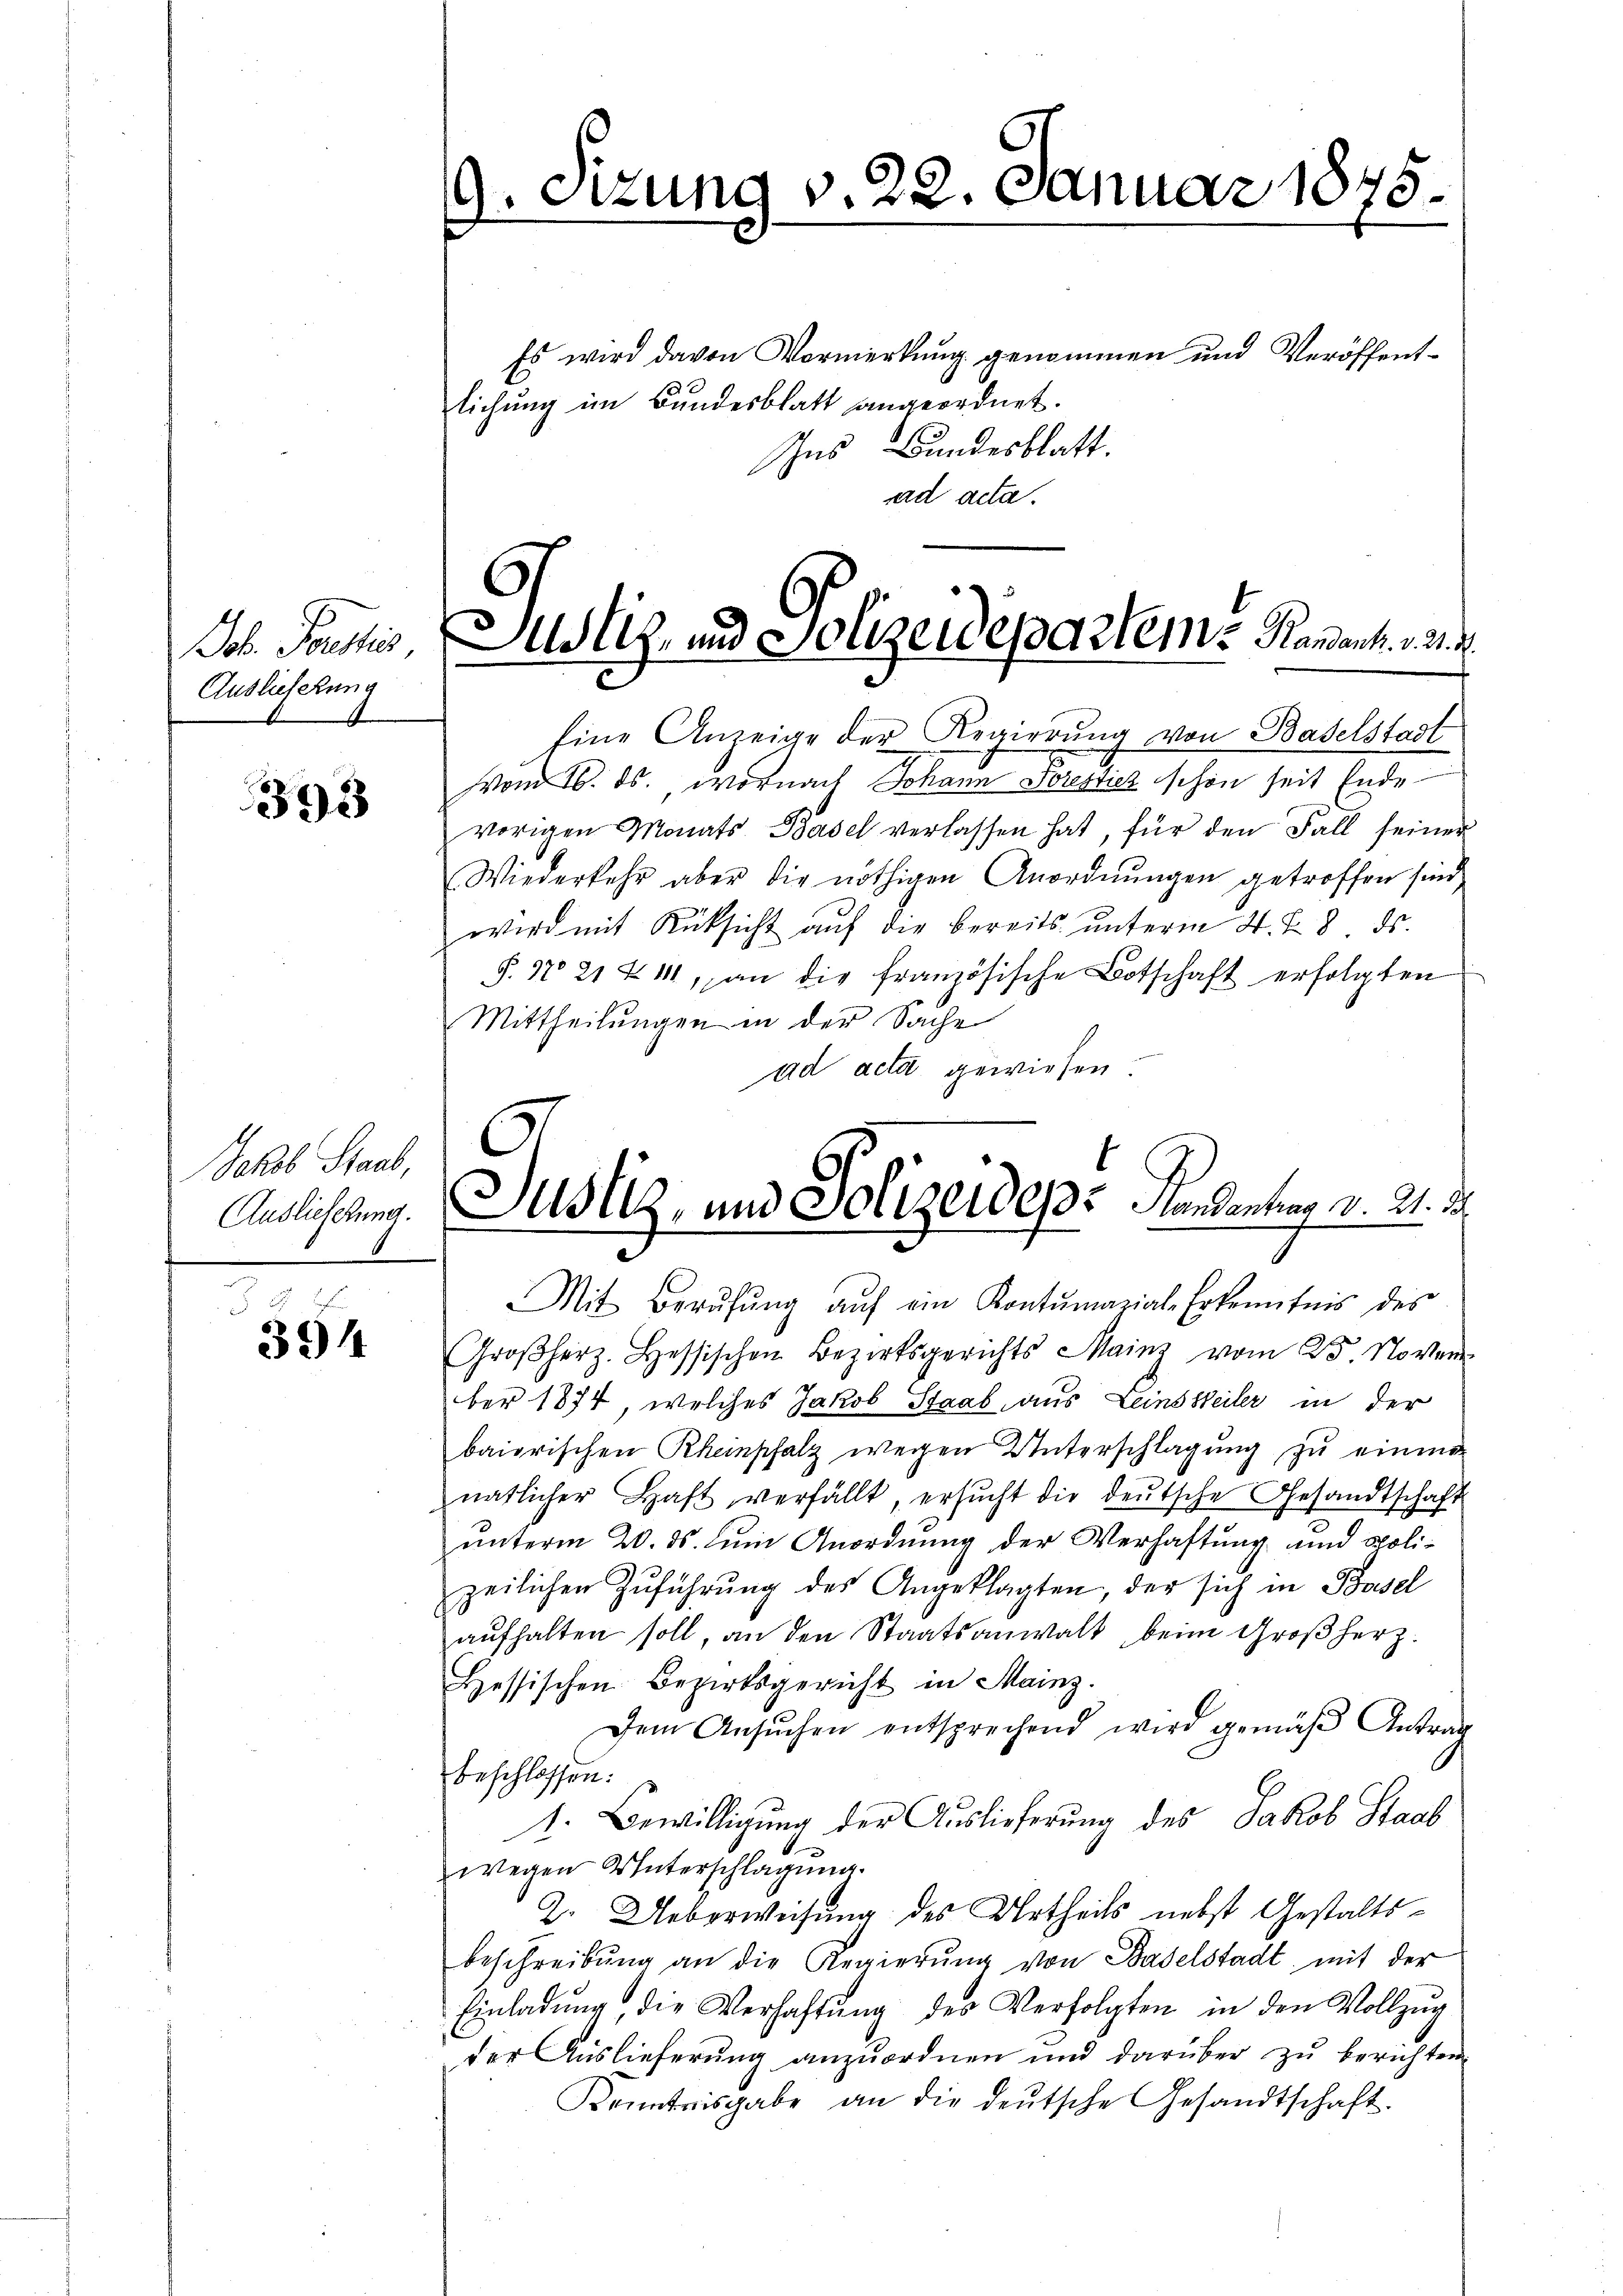
ob. Prastis
Auslieferung

393

Es wird davon Vormerkung genommen und Veröffentlichung im Bundesblatt angeordnet.
Ins Bundesblatt.
ad acta.

Jakob Staub,
Auslieferung.

x
394

Eine Anzeige der Regierŭng von Baselstadt
Von 16. ds. wornach Johann Sorestich schon seit Ende
vorigen Monats Basel verlassen hat, für den Fall seiner
Wiederkehr aber die nöthigen Anordnŭngen getroffen sind,
wird mit Rücksicht aŭf die bereits ŭnterm 4. d. 8. ds.
§. N. 21 & 14, an die französische Botschaft erfolgten
Mittheilungen in der Sache
ad acta gewiesen.

9. Sizung v. 22.

Justiz- und Polizeideparteme Handant. v. 21. d.

Mit Berŭfŭng auf ein Kontumazial-Erkenntnis des
Groβherz. Hessischen Bezirksgerichts Mainz vom 25. Novem
ber 1874, welches Jakob Staab, aus Leinssteiler in der
bairischen Rhempfalz wegen Unterschlagung zu einma
natlicher Haft verfällt, ersŭcht die deŭtsche Gesandtschaft
unterm 20. ds. Juni Anordnung der Verhaftung und polizeilichen Zŭführŭng des Angeklagten, der sich in Basel
aufhalten soll, an den Staatsanwalt, beim Großherz.
Lessischen Bezirksgericht in Mainz.
Dem Ansŭchen entsprechend wird gemäβ Antrag
beschlossen:
1. Bewilligung der Auslieferung des Jakob Staab
wegen Unterschlagung.
2. Ueberweisung des Urtheils nebst Gestaltsbeschreibŭng an die Regierŭng von Baselstadt mit der
Einladŭng die Verhaltŭng des Verfolgten in den Vollzŭg
der Auslieferung anzuordnen und darüber zu berichten.
Kenntnisgabe an die deŭtsche Gesandtschaft.

t
Justiz, und Polizeides Mandantrag d. 21. d.

Januar 1875.